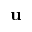
\mathbf { u }